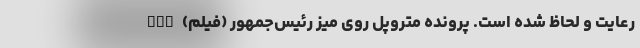
رعایت و لحاظ شده است. پرونده متروپل روی میز رئیس‌جمهور (فیلم) nan